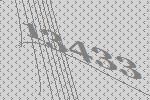
13433